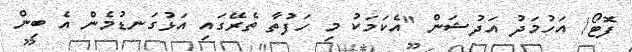
ފޮޓޯ/ އަހުމަދު އަދުޝަން "އެކަމަކު މި ހަފުތާ ތެރޭގައި އަޅުގަނޑުމެން އެ ބިން